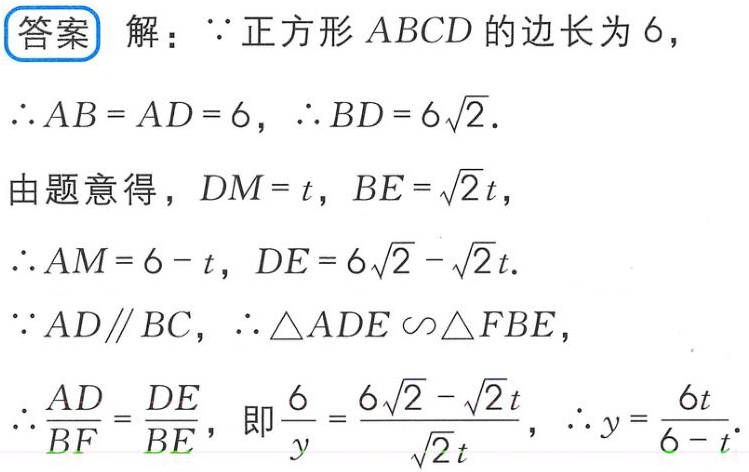
答案 解：$\because$正方形$ABCD$的边长为$6$，
$\therefore AB = AD = 6$，$\therefore BD = 6\sqrt{2}$.
由题意得，$DM = t$，$BE = \sqrt{2}t$，
$\therefore AM = 6 - t$，$DE = 6\sqrt{2} - \sqrt{2}t$.
$\because AD\parallel BC$，$\therefore \triangle ADE\backsim\triangle FBE$，
$\therefore \frac{AD}{BF}=\frac{DE}{BE}$，即$\frac{6}{y}=\frac{6\sqrt{2}-\sqrt{2}t}{\sqrt{2}t}$，$\therefore y = \frac{6t}{6 - t}$.